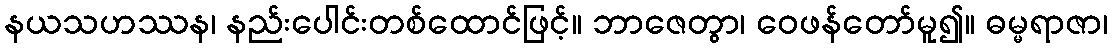
နယသဟဿန၊ နည်းပေါင်းတစ်ထောင်ဖြင့်။ ဘာဇေတွာ၊ ဝေဖန်တော်မူ၍။ ဓမ္မရာဇာ၊